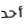
أحد